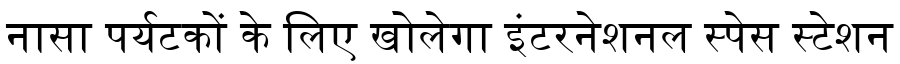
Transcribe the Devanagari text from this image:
नासा पर्यटकों के लिए खोलेगा इंटरनेशनल स्पेस स्टेशन